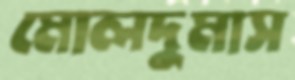
মোলদুমাস